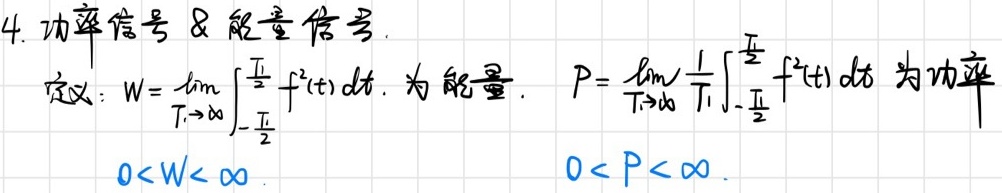
4. 功率信号 \& 能量信号.
定义：$W = \lim_{T\rightarrow\infty} \int_{-\frac{T}{2}}^{\frac{T}{2}} f^{2}(t) dt$ 为能量. $P = \lim_{T\rightarrow\infty} \frac{1}{T} \int_{-\frac{T}{2}}^{\frac{T}{2}} f^{2}(t) dt$ 为功率
$0<W< \infty$. $0<P< \infty$.